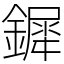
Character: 𨬯